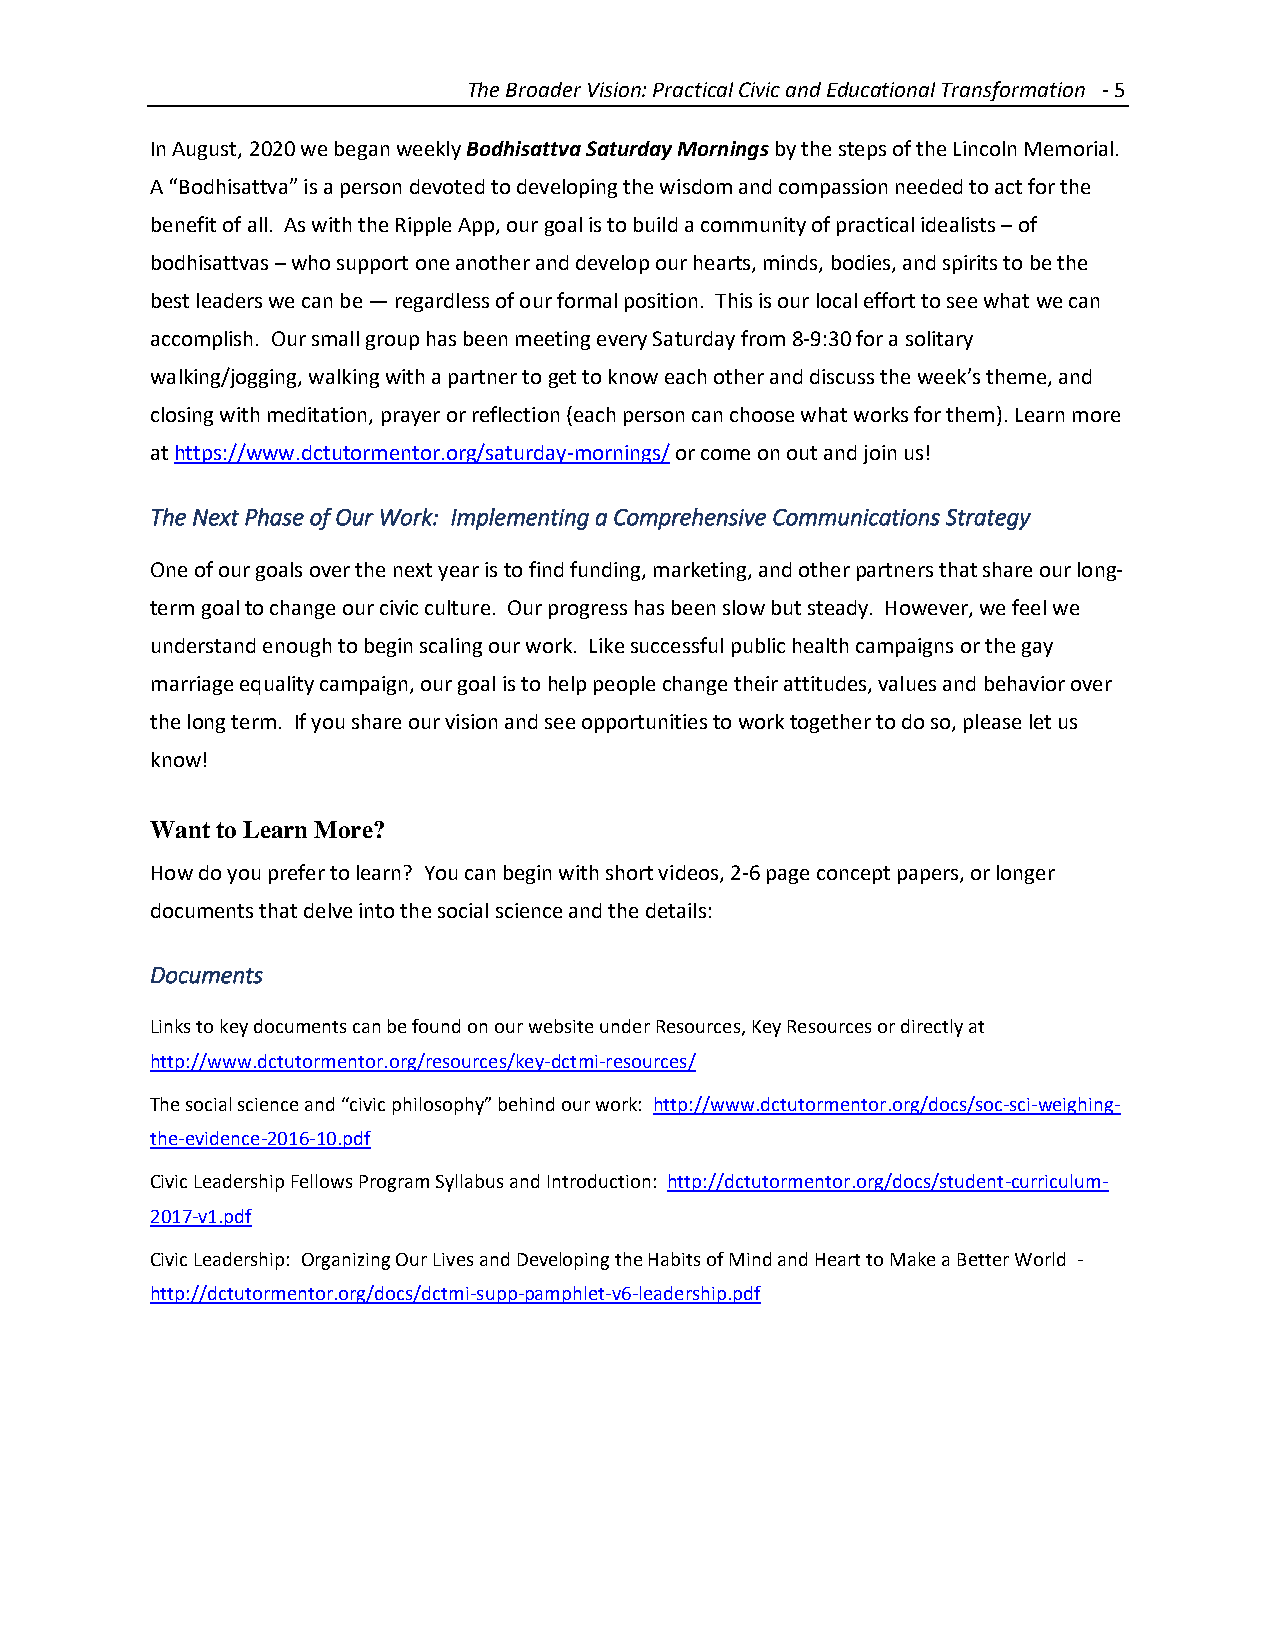
The Broader Vision: Practical Civic and Educational Transformation - 5
 In August, 2020 we began weekly Bodhisattva Saturday Mornings by the steps of the Lincoln Memorial.
 A “Bodhisattva” is a person devoted to developing the wisdom and compassion needed to act for the
 benefit of all. As with the Ripple App, our goal is to build a community of practical idealists – of
 bodhisattvas – who support one another and develop our hearts, minds, bodies, and spirits to be the
 best leaders we can be — regardless of our formal position. This is our local effort to see what we can
 accomplish. Our small group has been meeting every Saturday from 8-9:30 for a solitary
 walking/jogging, walking with a partner to get to know each other and discuss the week’s theme, and
 closing with meditation, prayer or reflection (each person can choose what works for them). Learn more
 at https://www.dctutormentor.org/saturday-mornings/ or come on out and join us!
 The Next Phase of Our Work: Implementing a Comprehensive Communications Strategy
 One of our goals over the next year is to find funding, marketing, and other partners that share our long-
 term goal to change our civic culture. Our progress has been slow but steady. However, we feel we
 understand enough to begin scaling our work. Like successful public health campaigns or the gay
 marriage equality campaign, our goal is to help people change their attitudes, values and behavior over
 the long term. If you share our vision and see opportunities to work together to do so, please let us
 know!
 Want to Learn More?
 How do you prefer to learn? You can begin with short videos, 2-6 page concept papers, or longer
 documents that delve into the social science and the details:
 Documents
 Links to key documents can be found on our website under Resources, Key Resources or directly at
 http://www.dctutormentor.org/resources/key-dctmi-resources/
 The social science and “civic philosophy” behind our work: http://www.dctutormentor.org/docs/soc-sci-weighing-
 the-evidence-2016-10.pdf
 Civic Leadership Fellows Program Syllabus and Introduction: http://dctutormentor.org/docs/student-curriculum-
 2017-v1.pdf
 Civic Leadership: Organizing Our Lives and Developing the Habits of Mind and Heart to Make a Better World -
 http://dctutormentor.org/docs/dctmi-supp-pamphlet-v6-leadership.pdf